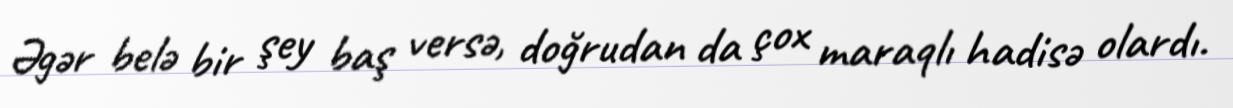
Əgər belə bir şey baş versə, doğrudan da çox maraqlı hadisə olardı.